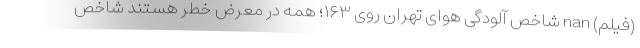
(فیلم) nan شاخص آلودگی هوای تهران روی ۱۶۳؛ همه در معرض خطر هستند شاخص